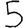
Digit: 5